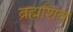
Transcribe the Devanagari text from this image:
ब्रह्मशिव